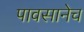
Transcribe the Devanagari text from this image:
पावसानेच